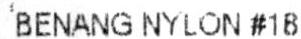
BENANG NYLON #18